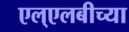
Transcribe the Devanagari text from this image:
एल्‌एलबीच्या